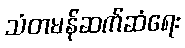
သံတမန်ဆက်ဆံရေး